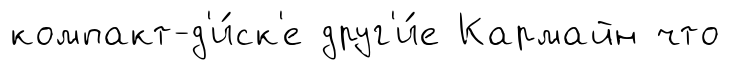
компакт-д'и́ск'е друг'и́е Кармайн что